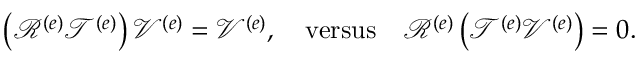
\left( \mathcal { R } ^ { \left( e \right) } \mathcal { T } ^ { \left( e \right) } \right) \mathcal { V } ^ { \left( e \right) } = \mathcal { V } ^ { \left( e \right) } , \quad \mathrm { v e r s u s } \quad \mathcal { R } ^ { \left( e \right) } \left( \mathcal { T } ^ { \left( e \right) } \mathcal { V } ^ { \left( e \right) } \right) = 0 .